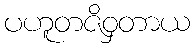
ပဟူတဇိဝှတာယ